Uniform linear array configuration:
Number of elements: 32
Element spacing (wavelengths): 1
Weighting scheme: exponential
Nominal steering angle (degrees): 60
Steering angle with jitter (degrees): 58.799
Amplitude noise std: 0.05
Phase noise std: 0.05

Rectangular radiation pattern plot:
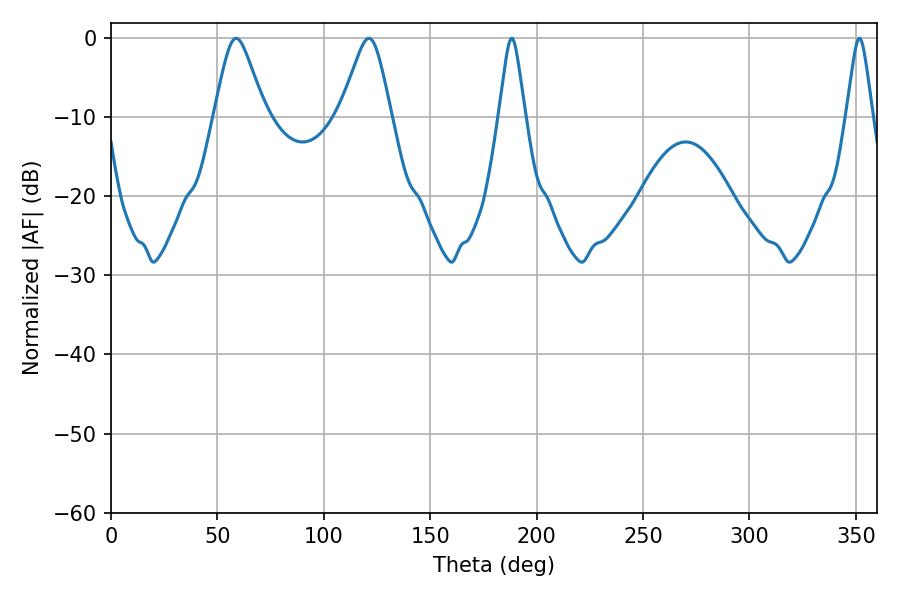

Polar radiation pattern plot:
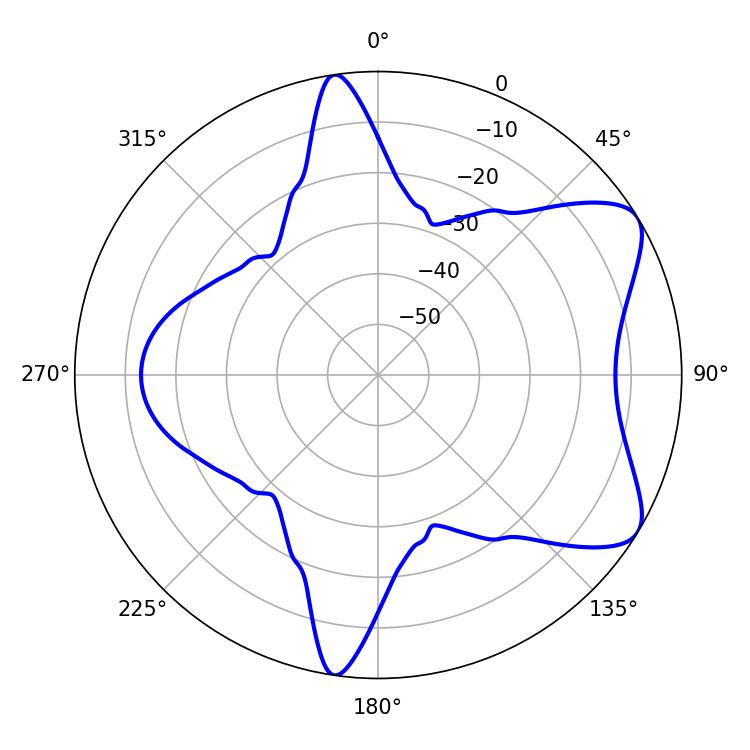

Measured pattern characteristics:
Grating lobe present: TRUE
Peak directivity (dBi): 7.249
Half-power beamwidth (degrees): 11.34
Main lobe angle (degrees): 58.86